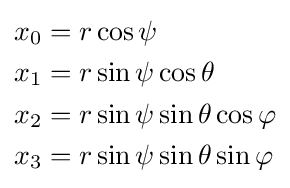
{\begin{aligned}x_{0}&=r\cos \psi \\x_{1}&=r\sin \psi \cos \theta \\x_{2}&=r\sin \psi \sin \theta \cos \varphi \\x_{3}&=r\sin \psi \sin \theta \sin \varphi \end{aligned}}